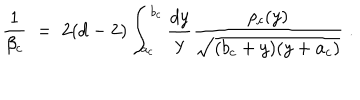
{ \frac { 1 } { \beta _ { c } } } \; = \; 2 ( d - 2 ) \int _ { a _ { c } } ^ { b _ { c } } { \frac { d y } { y } } { \frac { \rho _ { c } ( y ) } { \sqrt { ( b _ { c } + y ) ( y + a _ { c } ) } } } \; .